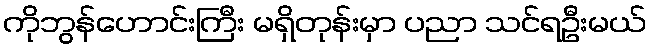
ကိုဘွန်ဟောင်းကြီး မရှိတုန်းမှာ ပညာ သင်ရဦးမယ်